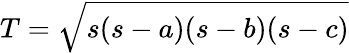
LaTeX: T={\sqrt{s(s-a)(s-b)(s-c)}}